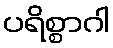
ပရိစ္စာဂါ